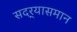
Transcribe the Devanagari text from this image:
सदर्‍यासमान